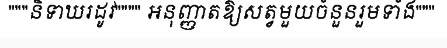
"""និទាឃរដូវ"""" អនុញ្ញាតឱ្យសត្វមួយចំនួនរួមទាំង"""